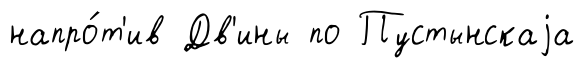
напро́т'ив Дв'ины по Пустынскаjа